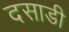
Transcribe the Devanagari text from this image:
दसाडी